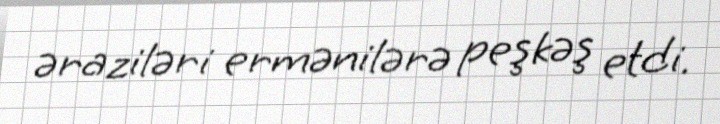
əraziləri ermənilərə peşkəş etdi.